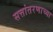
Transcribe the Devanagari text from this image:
सत्तांतरणाच्या